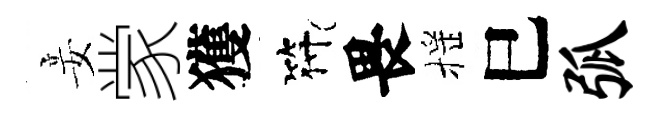
妾䝉獲符畏摇巳弧